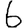
Digit: 6